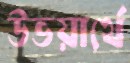
উভয়ার্থে